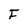
Character: F